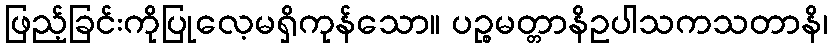
ဖြည့်ခြင်းကိုပြုလေ့မရှိကုန်သော။ ပဉ္စမတ္တာနိဥပါသကသတာနိ၊